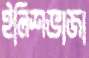
ইলিশভাজা